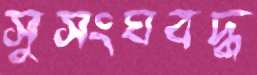
সুসংঘবদ্ধ